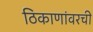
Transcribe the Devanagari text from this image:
ठिकाणांवरची